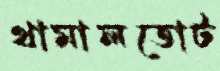
থামালতোট